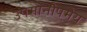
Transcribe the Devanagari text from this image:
उपमानोपमेय